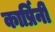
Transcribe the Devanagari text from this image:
कार्प्रिनी